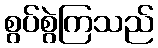
စွပ်စွဲကြသည်